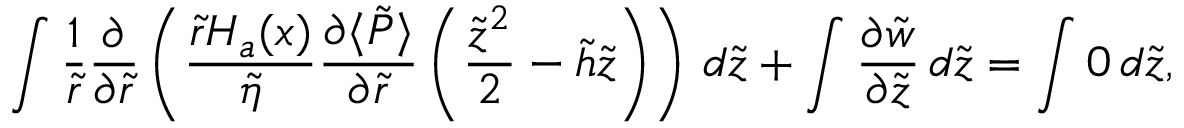
\int \frac { 1 } { \tilde { r } } \frac { \partial } { \partial \tilde { r } } \left( \frac { \tilde { r } H _ { a } ( x ) } { \tilde { \eta } } \frac { \partial \langle \tilde { P } \rangle } { \partial \tilde { r } } \left( \frac { \tilde { z } ^ { 2 } } { 2 } - \tilde { h } \tilde { z } \right) \right) \, d \tilde { z } + \int \frac { \partial \tilde { w } } { \partial \tilde { z } } \, d \tilde { z } = \int 0 \, d \tilde { z } ,